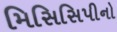
મિસિસિપીનો